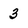
Character: 3